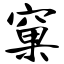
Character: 窠